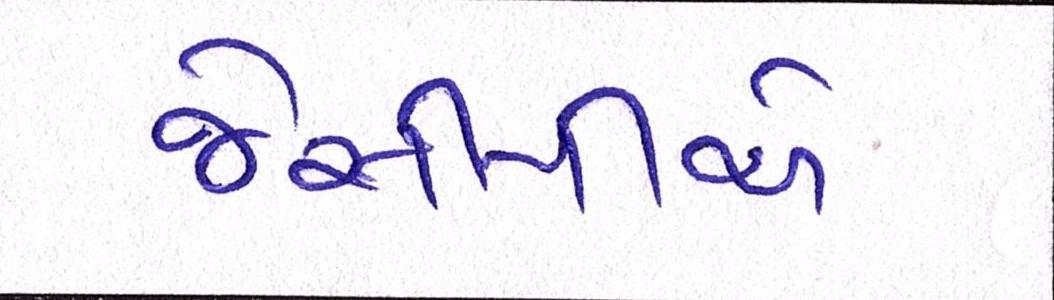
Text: જેસીપીએ